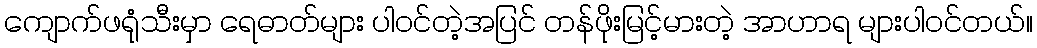
ကျောက်ဖရုံသီးမှာ ရေဓာတ်များ ပါဝင်တဲ့အပြင် တန်ဖိုးမြင့်မားတဲ့ အာဟာရ များပါဝင်တယ်။